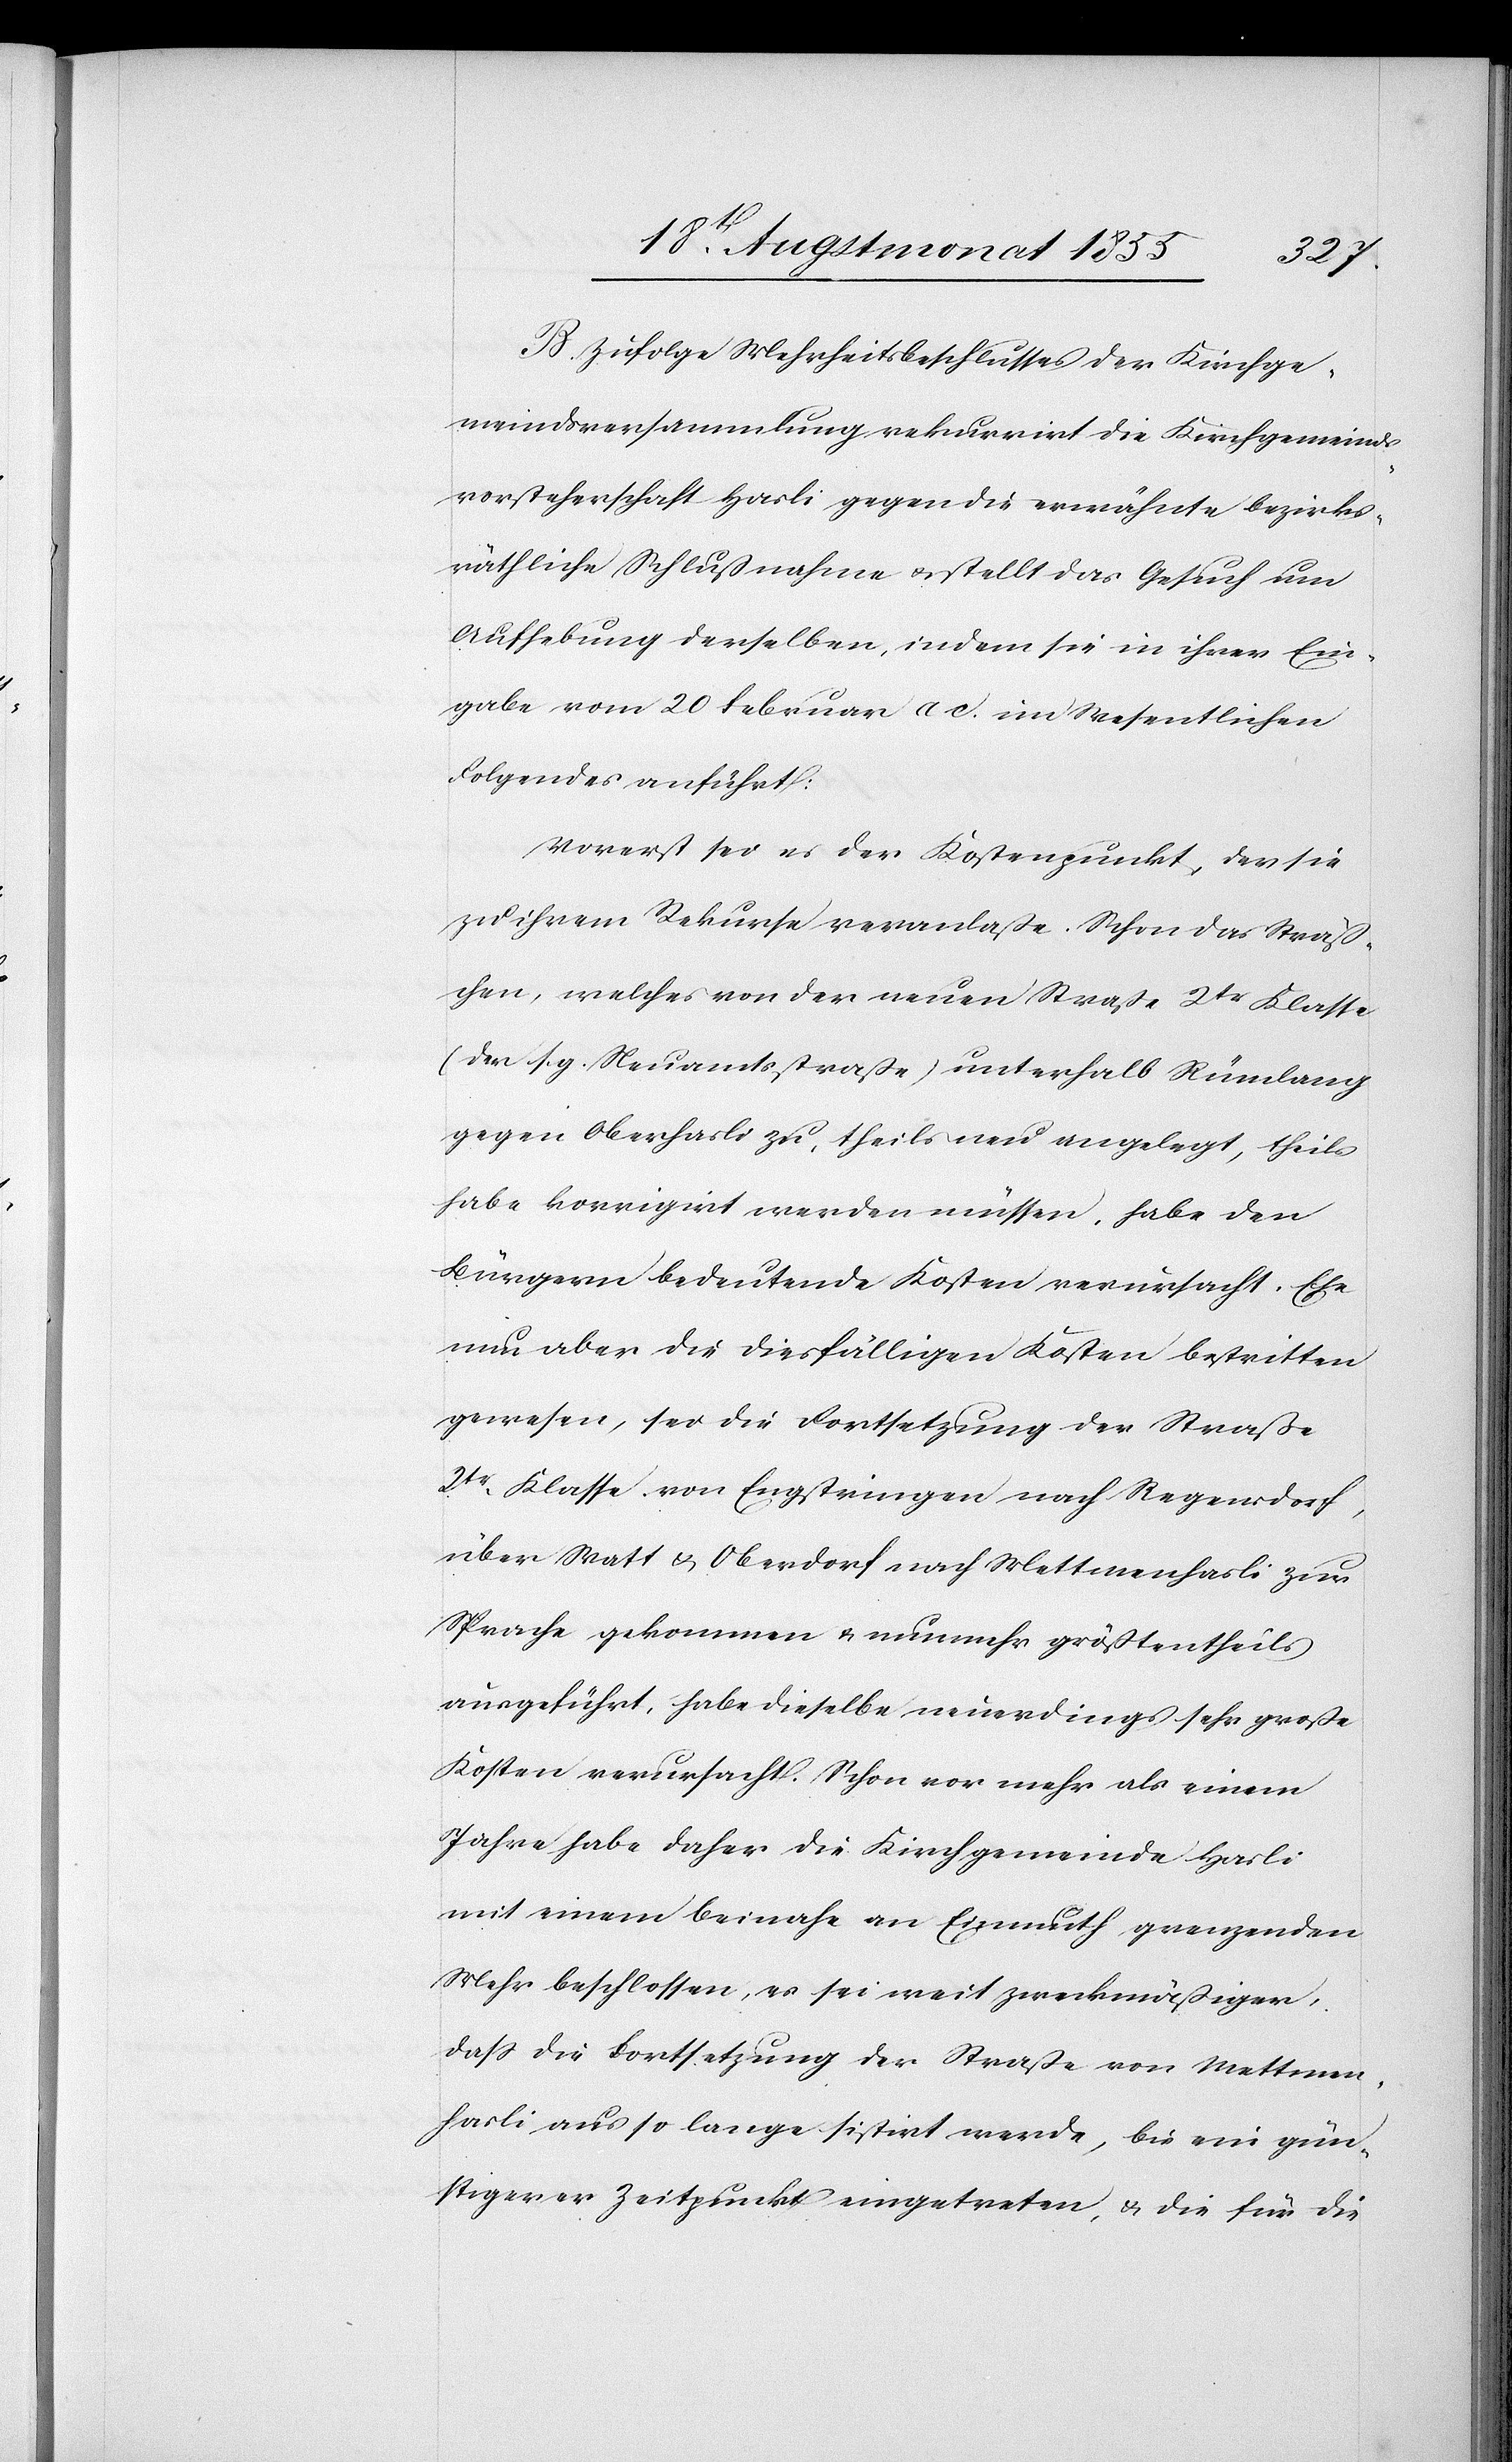
B. Zufolge Mehrheitsbeschlusses der Kirchge¬
meindsversammlung rekurrirt die Kirchgemeinds¬
vorsteherschaft Hasli gegen die erwähnte bezirks¬
räthliche Schlußnahme & stellt das Gesuch um
Aufhebung derselben, indem sie in ihrer Ein¬
gabe vom 20 Februar a c. im Wesentlichen
Folgendes anführt:
Vorerst sei es der Kostenpunkt, der sie
zu ihrem Rekurse veranlaße. Schon das Sträß¬
chen, welches von der neuen Straße 2tr Klasse
(der s. g. Neuamtsstraße) unterhalb Rümlang
gegen Oberhasli zu, theils neu angelegt, theils
habe korrigirt werden müssen, habe den
Bürgern bedeutende Kosten verursacht. Ehe
nun aber die diesfälligen Kosten bestritten
gewesen, sei die Fortsetzung der Straße
2tr. Klasse von Engstringen nach Regensdorf,
über Watt & Oberdorf nach Mettmenhasli zur
Sprache gekommen & nunmehr größtentheils
ausgeführt, habe dieselbe neuerdings sehr große
Kosten verursacht. Schon vor mehr als einem
Jahre habe daher die Kirchgemeinde Hasli
mit einem beinahe an Einmuth grenzenden
Mehr beschlossen, es sei weit zweckmäßiger,
dass die Fortsetzung der Straße von Mettmen¬
hasli aus so lange sistirt werde, bis ein gün¬
stigerer Zeitpunkt eingetreten, & die für die